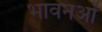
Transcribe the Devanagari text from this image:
भावनओं